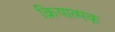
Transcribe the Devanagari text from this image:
क्रियात्‍मक